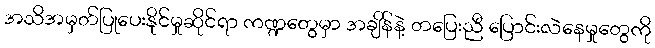
အသိအမှတ်ပြုပေးနိုင်မှုဆိုင်ရာ ကဏ္ဍတွေမှာ အချိန်နဲ့ တပြေးညီ ပြောင်းလဲနေမှုတွေကို